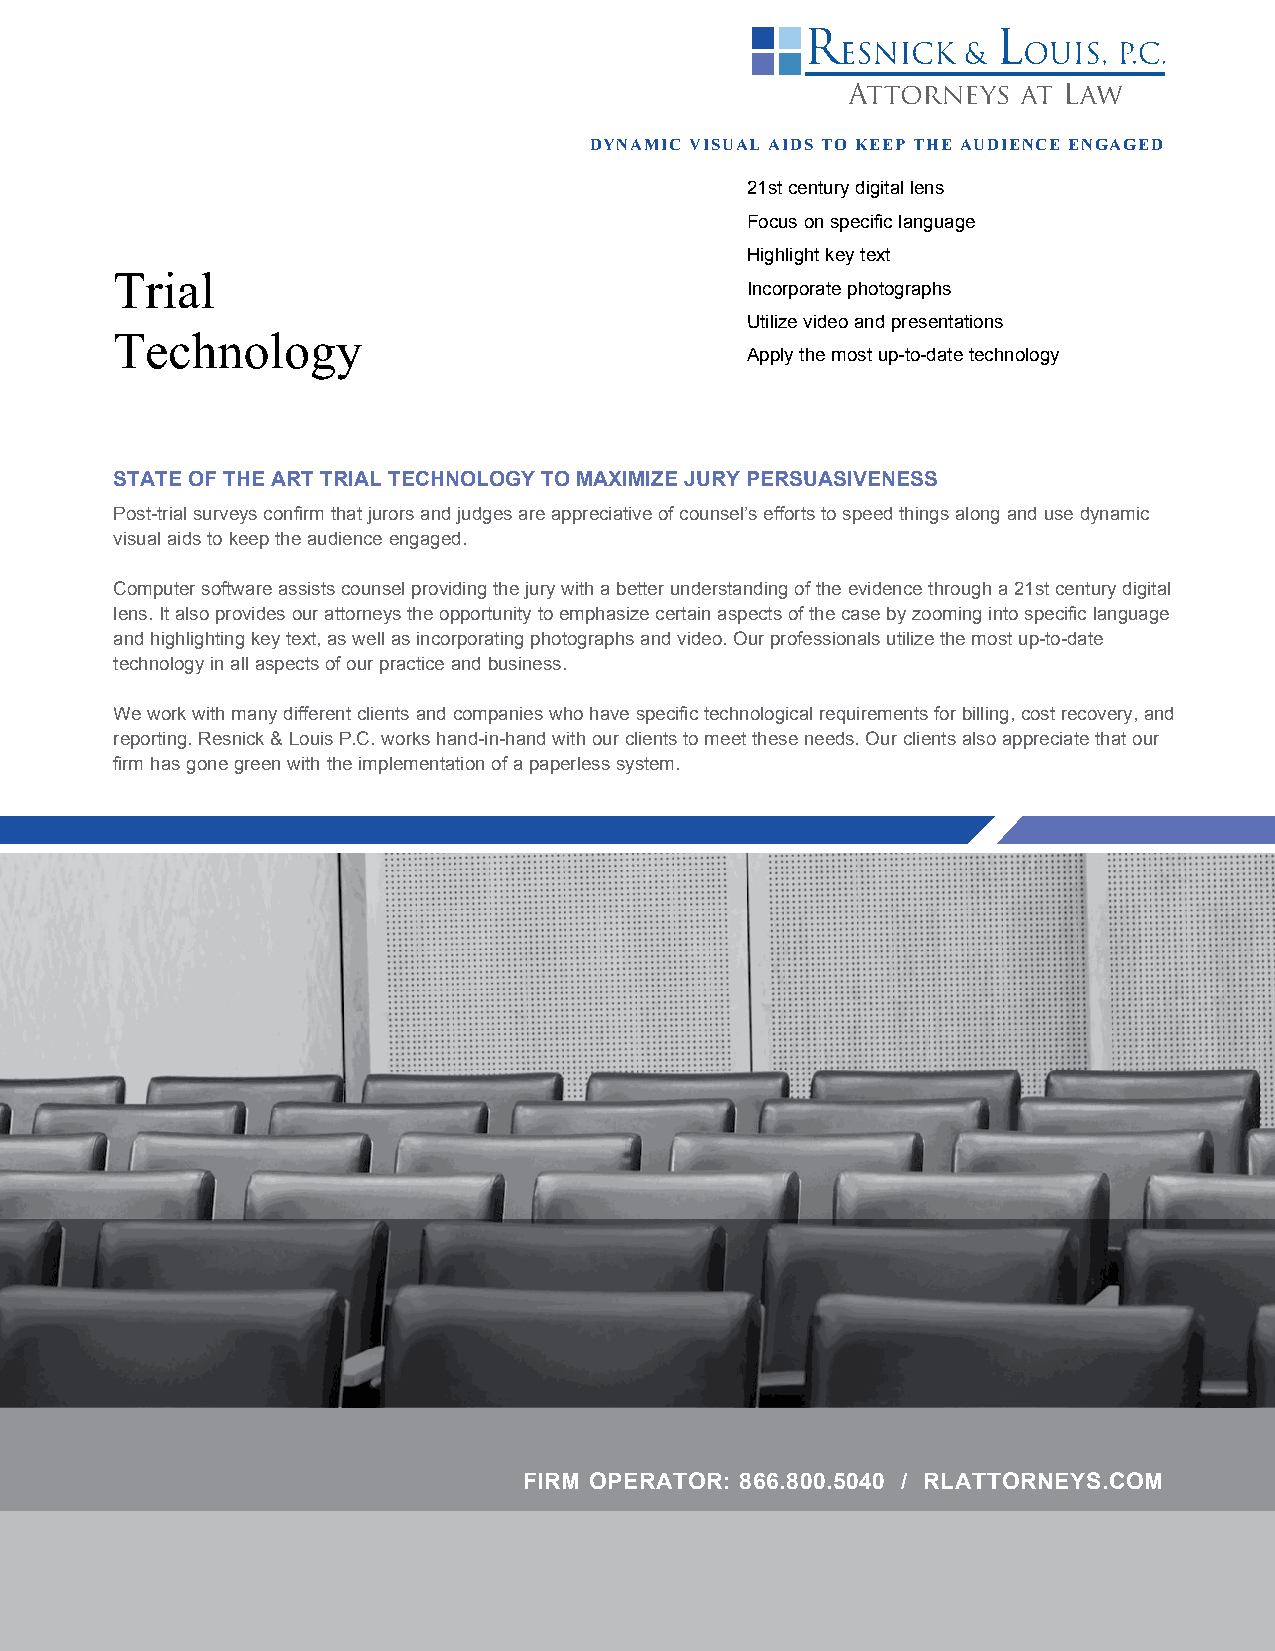
DYNAMIC VISUAL AIDS TO KEEP THE AUDIENCE ENGAGED
 21st century digital lens
 Focus on specific language
 Highlight key text
 Trial
 Incorporate photographs
 Utilize video and presentations
 Technology
 Apply the most up-to-date technology
 STATE OF THE ART TRIAL TECHNOLOGY TO MAXIMIZE JURY PERSUASIVENESS
 Post-trial surveys confirm that jurors and judges are appreciative of counsel’s efforts to speed things along and use dynamic
 visual aids to keep the audience engaged.
 Computer software assists counsel providing the jury with a better understanding of the evidence through a 21st century digital
 lens. It also provides our attorneys the opportunity to emphasize certain aspects of the case by zooming into specific language
 and highlighting key text, as well as incorporating photographs and video. Our professionals utilize the most up-to-date
 technology in all aspects of our practice and business.
 We work with many different clients and companies who have specific technological requirements for billing, cost recovery, and
 reporting. Resnick & Louis P.C. works hand-in-hand with our clients to meet these needs. Our clients also appreciate that our
 firm has gone green with the implementation of a paperless system.
 FIRM OPERATOR: 866.800.5040 / RLATTORNEYS.COM